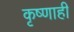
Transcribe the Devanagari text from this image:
कृष्णाही